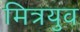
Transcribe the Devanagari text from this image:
मित्रयुव